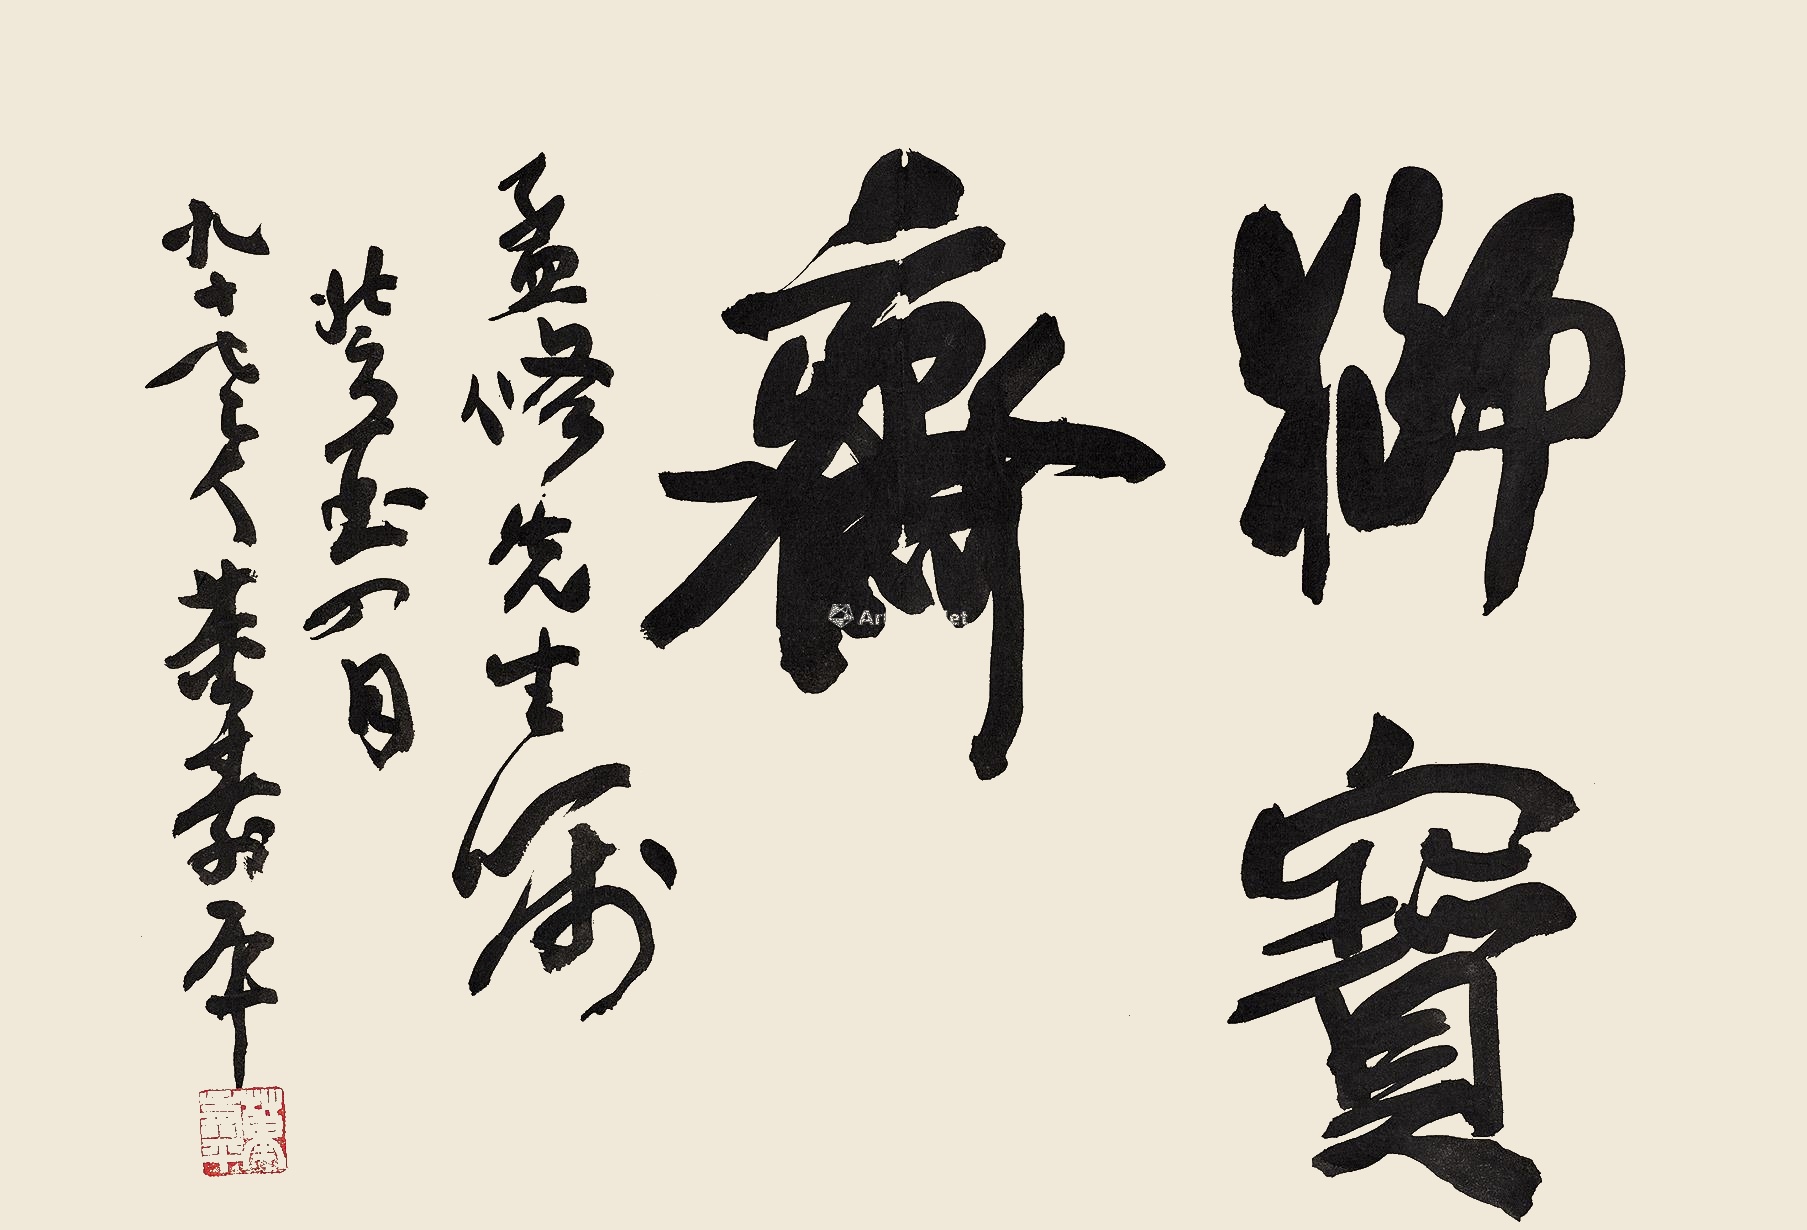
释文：狮宝斋。孟修先生嘱，癸酉四月，九十老人董寿平。